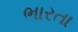
ભારતા